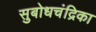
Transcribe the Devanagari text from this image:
सुबोधचंद्रिका